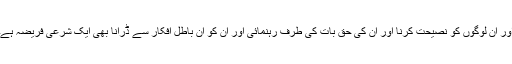
اور ان لوگوں کو نصیحت کرنا اور ان کی حق بات کی طرف رہنمائی اور ان کو ان باطل افکار سے ڈرانا بھی ایک شرعی فریضہ ہے۔